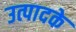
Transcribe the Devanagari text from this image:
उत्पादके